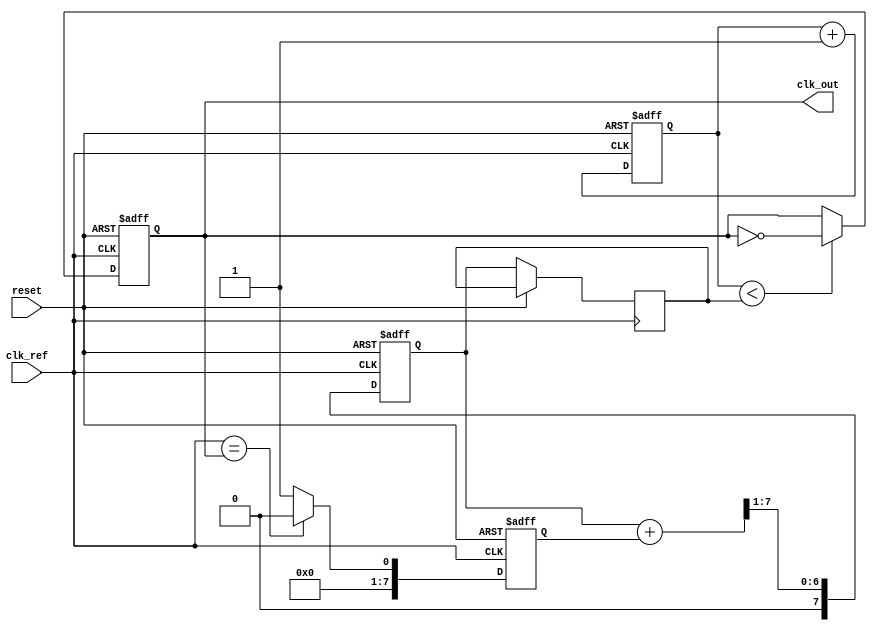
module MemoryBlocksPLL (
    input wire clk_ref,         // Reference clock input
    input wire reset,           // Reset signal
    output reg clk_out          // Output clock
);

// Parameters
parameter N = 4;               // Frequency division factor
parameter MEMORY_SIZE = 8;     // Size of the memory block

// Internal signals
reg [MEMORY_SIZE-1:0] phase_memory; // Memory block for phase information
reg [N-1:0] vco_count;               // VCO counter
reg [7:0] error_signal;              // Error signal from phase detector
reg [7:0] control_voltage;            // Control voltage for VCO
reg [7:0] filtered_voltage;           // Filtered control voltage
reg [7:0] loop_filter;                // Loop filter output

// Phase Detector (PD)
always @(posedge clk_ref or posedge reset) begin
    if (reset) begin
        error_signal <= 0;
    end else begin
        // Compare the phase of clk_ref and clk_out
        error_signal <= (clk_ref == clk_out) ? 8'd0 : 8'd1; // Simple phase comparison
    end
end

// Loop Filter (LF)
always @(posedge clk_ref or posedge reset) begin
    if (reset) begin
        filtered_voltage <= 0;
    end else begin
        // Simple first-order filter
        filtered_voltage <= (filtered_voltage + error_signal) >> 1; // Averaging filter
        control_voltage <= filtered_voltage; // Update control voltage
    end
end

// Voltage-Controlled Oscillator (VCO)
always @(posedge clk_ref or posedge reset) begin
    if (reset) begin
        vco_count <= 0;
        clk_out <= 0;
    end else begin
        // Generate output clock based on control voltage
        if (vco_count < control_voltage) begin
            clk_out <= ~clk_out; // Toggle output clock
        end
        vco_count <= vco_count + 1;
    end
end

// Memory Block for historical phase data
always @(posedge clk_ref or posedge reset) begin
    if (reset) begin
        phase_memory <= 0;
    end else begin
        // Store the current phase information
        phase_memory <= {phase_memory[MEMORY_SIZE-2:0], error_signal}; // Shift in new phase information
    end
end

endmodule